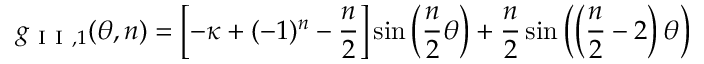
g _ { \mathrm { ~ I ~ I ~ } , 1 } ( \theta , n ) = \left[ - \kappa + ( - 1 ) ^ { n } - \frac { n } { 2 } \right] \sin \left( \frac { n } { 2 } \theta \right) + \frac { n } { 2 } \sin \left( \left( \frac { n } { 2 } - 2 \right) \theta \right)